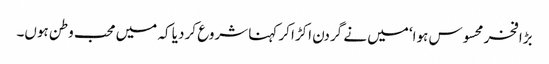
بڑا فخر محسوس ہوا‘ میں نے گردن اکڑا کر کہنا شروع کر دیا کہ میں محب وطن ہوں۔